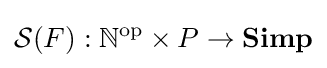
{\mathcal {S}}(F):\mathbb {N} ^{\operatorname {op} }\times P\to \mathbf {Simp}